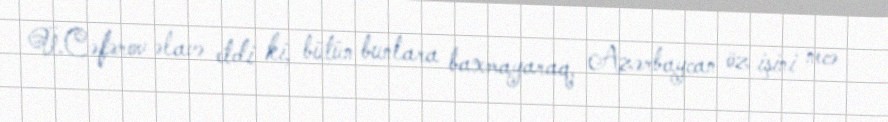
Ü.Cəfərov əlavə etdi ki, bütün bunlara baxmayaraq, Azərbaycan öz işini necə